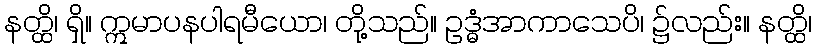
နတ္ထိ၊ ရှိ။ ဣမာပနပါရမီယော၊ တို့သည်။ ဥဒ္ဓံအာကာသေပိ၊ ၌လည်း။ နတ္ထိ၊